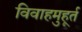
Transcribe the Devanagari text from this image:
विवाहमुहूर्त